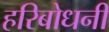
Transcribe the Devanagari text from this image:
हरिबोधनी